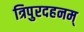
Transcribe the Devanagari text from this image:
त्रिपुरदहनम्